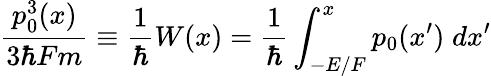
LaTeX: \frac{p_{0}^{3}(x)}{3\hbar Fm}\equiv\frac{1}{\hbar}W(x)=\frac{1}{\hbar}\int_{-E/F}^{x}p_{0}(x^{\prime})\; dx^{\prime}